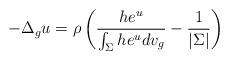
LaTeX: \begin{align*}-\Delta_{g} u = \rho \left( \frac{ h e^{u}}{\int_{\Sigma} h e^{u}dv_g} -\frac{1}{|\Sigma|}\right)\end{align*}